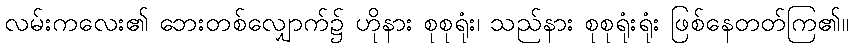
လမ်းကလေး၏ ဘေးတစ်လျှောက်၌ ဟိုနား စုစုရုံး၊ သည်နား စုစုရုံးရုံး ဖြစ်နေတတ်ကြ၏။